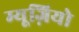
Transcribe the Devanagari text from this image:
म्यूज़ियो